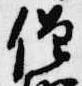
僧